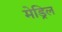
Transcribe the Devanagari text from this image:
मेड्रिल